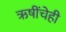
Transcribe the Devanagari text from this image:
ऋषींचेही